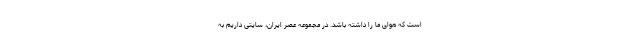
است که هوای ما را داشته باشد. در مجموعه عصر ایران، سایتی داریم به